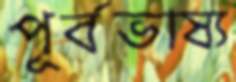
পূর্বভাষ্য